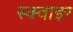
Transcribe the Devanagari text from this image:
स्क्वाइर